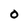
Character: o